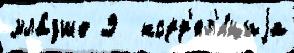
мла́дше 9  корр'ел'я́циjа